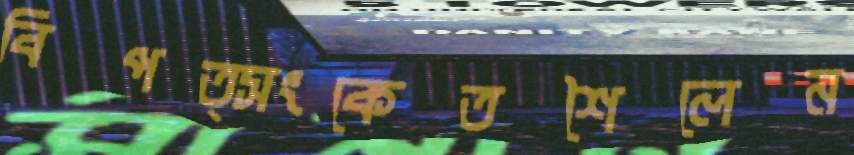
বিপত্সংকেতশৈলেন